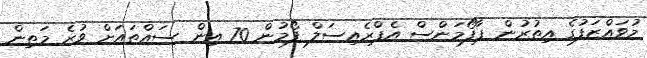
މުވައްޒަފުގެ އިތުރުން ޕާފޯމަންސް އެޕްރެއިސަލް ފޯމުން 70 އިން ސައްތައަށް ވުރެ މަތިން